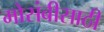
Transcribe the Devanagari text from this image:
मोसंबीसाठी